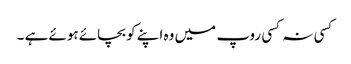
کسی نہ کسی روپ میں وہ اپنے کو بچائے ہوئے ہے ۔